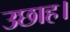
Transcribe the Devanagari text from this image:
उछाह।